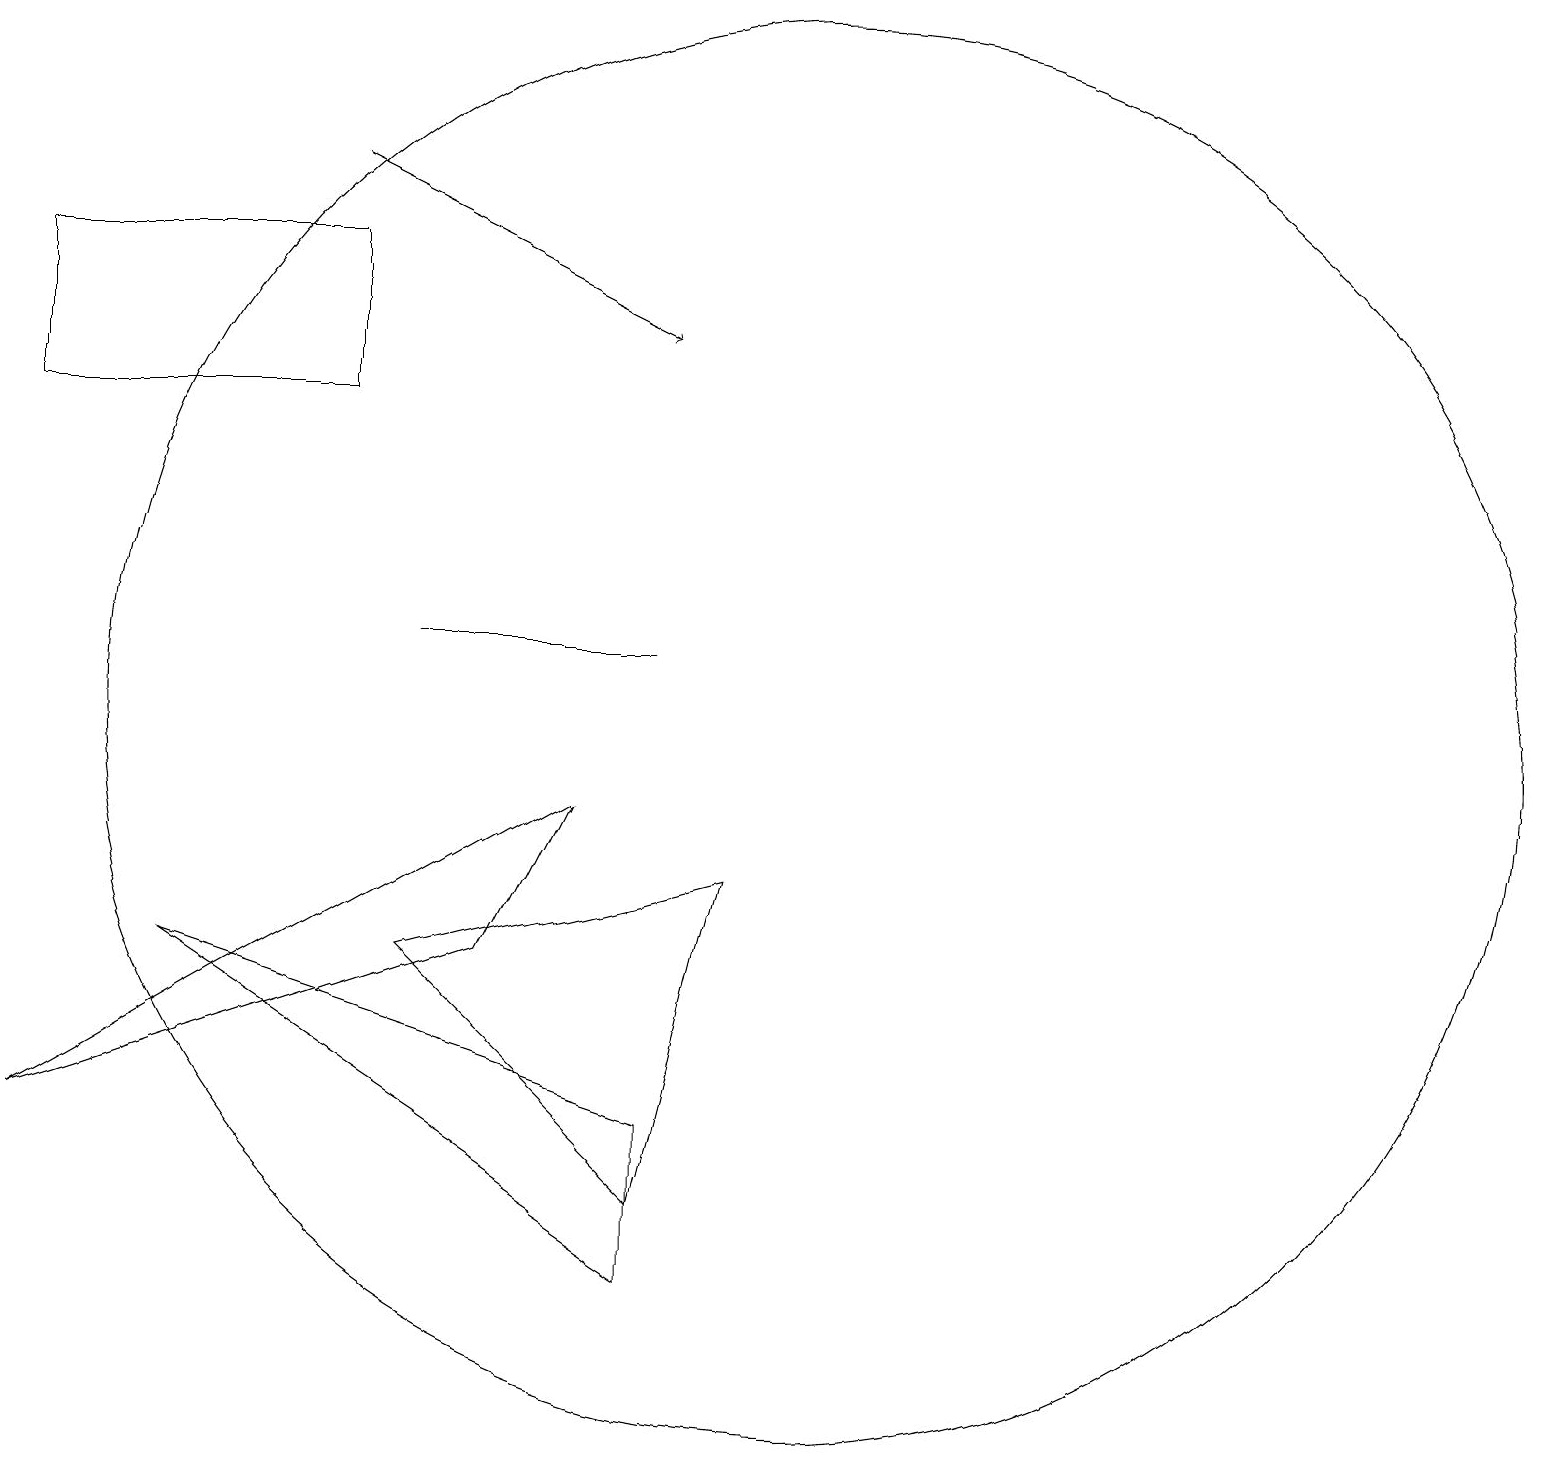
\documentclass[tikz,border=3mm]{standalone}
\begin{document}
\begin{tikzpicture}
\draw (4,14) rectangle (0,16);
\draw (8,11) rectangle (5,11);
\draw (10,10) circle (9);
\draw (0,5) -- (7,9) -- (6,7) -- cycle;
\draw[->] (4,17) -- (8,15);
\draw (9,8) -- (5,7) -- (8,4) -- cycle;
\draw (8,5) -- (2,7) -- (8,3) -- cycle;
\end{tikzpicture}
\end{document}